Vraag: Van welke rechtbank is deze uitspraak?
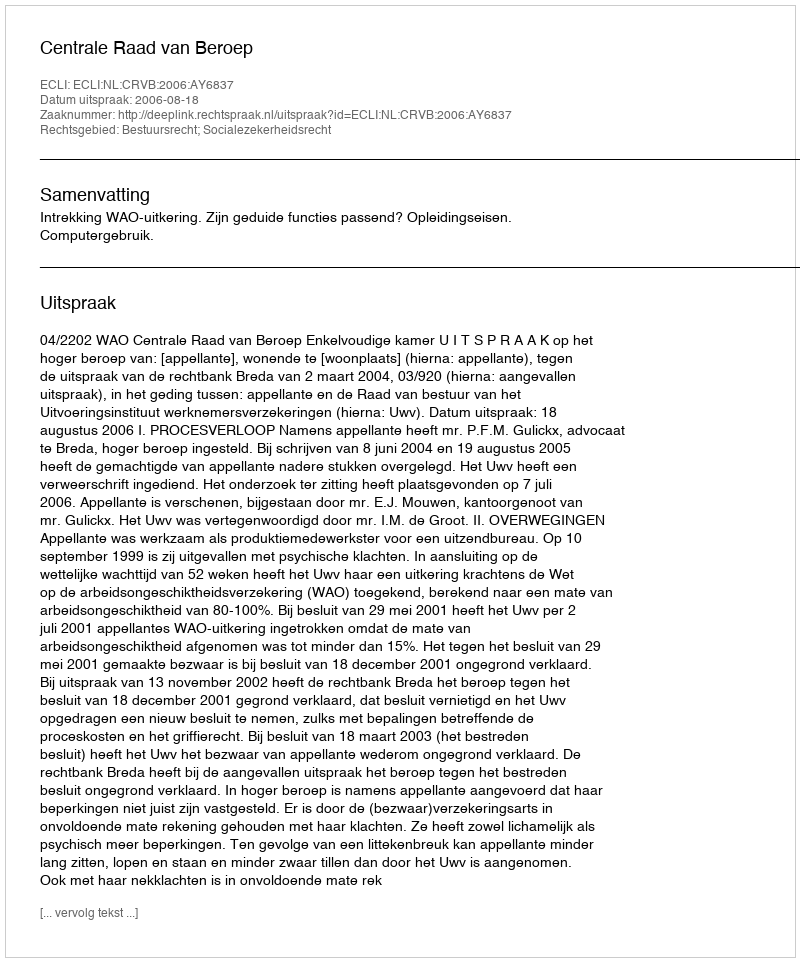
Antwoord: Centrale Raad van Beroep